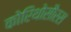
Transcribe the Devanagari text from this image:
कोरिथोसौरस